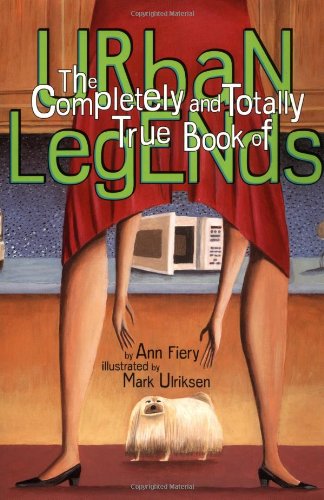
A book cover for The Complete And Totally True Book Of Urban Legends; Ann Fiery; Humor & Entertainment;